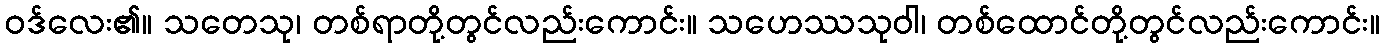
ဝဒ်လေး၏။ သတေသု၊ တစ်ရာတို့တွင်လည်းကောင်း။ သဟေဿသုဝါ၊ တစ်ထောင်တို့တွင်လည်းကောင်း။